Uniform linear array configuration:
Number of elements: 24
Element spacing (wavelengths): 1
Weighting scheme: kaiser
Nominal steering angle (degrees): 30
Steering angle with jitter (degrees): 31.218
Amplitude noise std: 0.05
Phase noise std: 0.05

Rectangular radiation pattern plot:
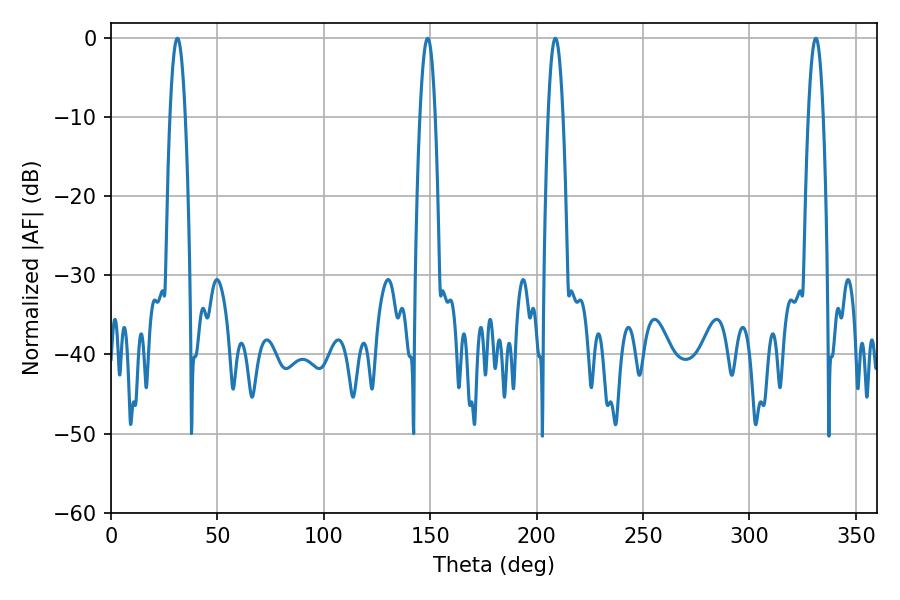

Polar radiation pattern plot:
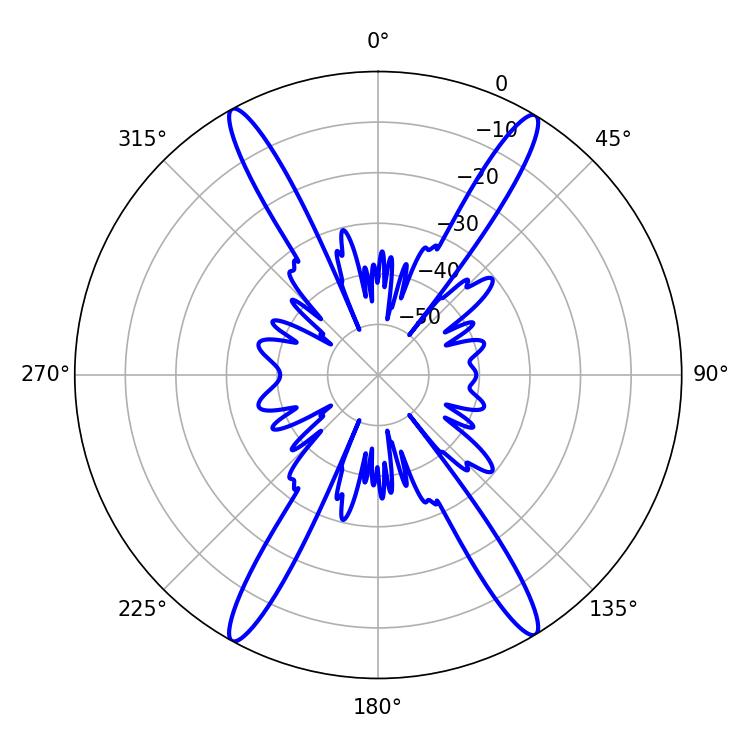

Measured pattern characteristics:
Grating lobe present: TRUE
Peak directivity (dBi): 24.436
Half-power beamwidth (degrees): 3.78
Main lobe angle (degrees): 208.8